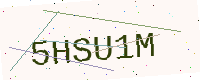
Text: 5HSU1M